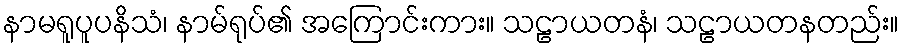
နာမရူပူပနိသံ၊ နာမ်ရုပ်၏ အကြောင်းကား။ သဠာယတနံ၊ သဠာယတနတည်း။